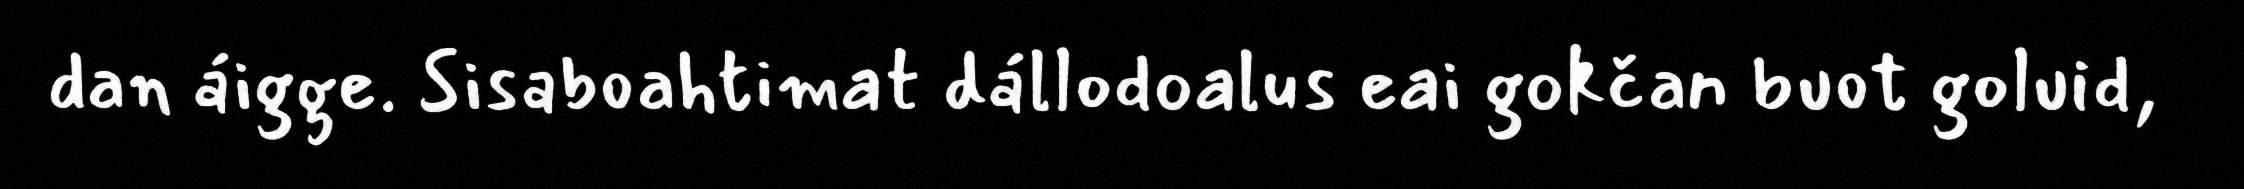
dan áigge. Sisaboahtimat dállodoalus eai gokčan buot goluid,